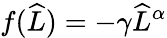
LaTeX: f(\widehat{L})=-\gamma\widehat{L}^{\alpha}